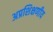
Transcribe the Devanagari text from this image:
अप्रशिक्षणीय